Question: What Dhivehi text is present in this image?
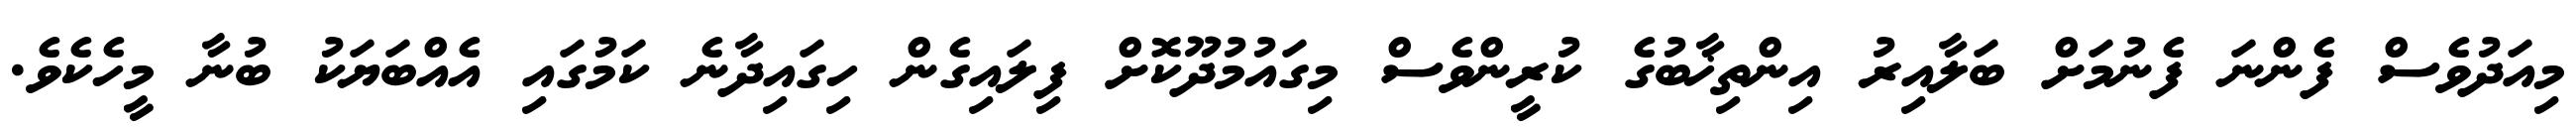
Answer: މިއަދުވެސް ފެންނަ ފެނުމަށް ބަލާއިރު އިންތިޚާބުގެ ކުރީންވެސް މިގައުމުދޫކޮށް ފިލައިގެން ހިގައިދާނެ ކަމުގައި އެއްބަޔަކު ބުނާ މީހެކެވެ.